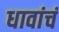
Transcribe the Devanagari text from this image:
धावांचं